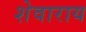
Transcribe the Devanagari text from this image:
शेवाराय